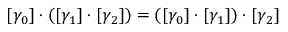
[ \gamma _ { 0 } ] \cdot \left( [ \gamma _ { 1 } ] \cdot [ \gamma _ { 2 } ] \right) = \left( [ \gamma _ { 0 } ] \cdot [ \gamma _ { 1 } ] \right) \cdot [ \gamma _ { 2 } ]